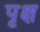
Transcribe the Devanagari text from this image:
पृक्ष